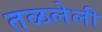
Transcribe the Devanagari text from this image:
तळलेली